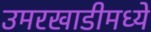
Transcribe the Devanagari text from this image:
उमरखाडीमध्ये